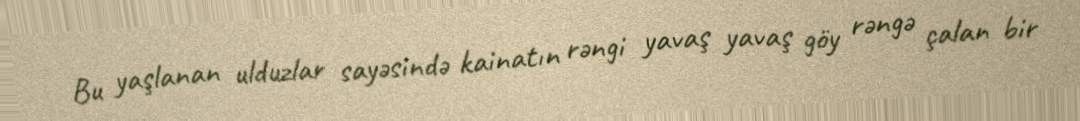
Bu yaşlanan ulduzlar sayəsində kainatın rəngi yavaş yavaş göy rəngə çalan bir